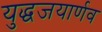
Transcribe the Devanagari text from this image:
युद्धजयार्णव